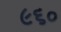
૯૬૦